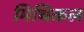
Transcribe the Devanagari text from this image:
मिथिकल